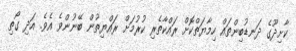
ކާށިދޫގެ ދަނޑުބިންތައް ހިމާޔަތްކޮށް ރައްކާތެރި ކުރުމަށް ރައްޔިތުން ބޭނުންވެ އެވެ. އަދި ގޯތި